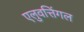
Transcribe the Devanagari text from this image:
एलुवत्तिंगल